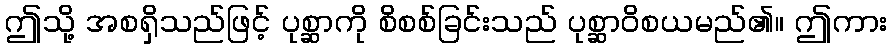
ဤသို့ အစရှိသည်ဖြင့် ပုစ္ဆာကို စိစစ်ခြင်းသည် ပုစ္ဆာဝိစယမည်၏။ ဤကား